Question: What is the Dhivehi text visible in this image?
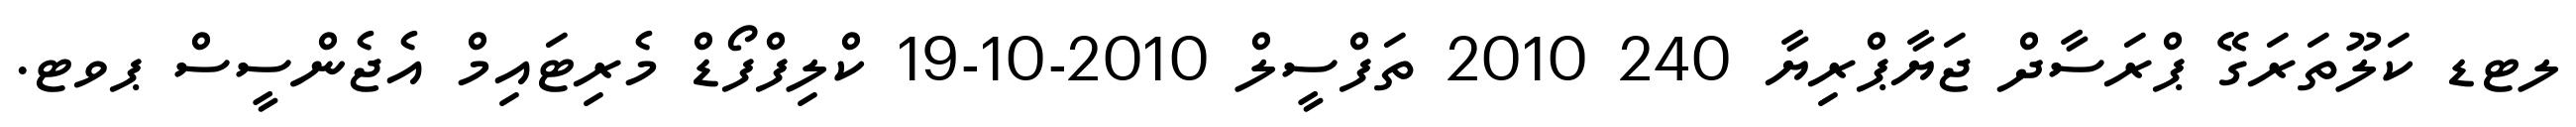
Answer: ލޓޑ ކަލޫތަރަގޭ ޕްރަސާދް ޖަޔާޕްރިޔާ 240 2010 ތަފްސީލް 2010-10-19 ކްލިފްފޯޑް މެރިޓައިމް އެޖެންސީސް ޕވޓ.